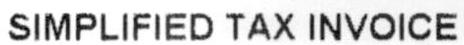
SIMPLIFIED TAX INVOICE